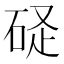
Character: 𥒧